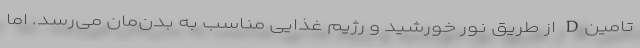
تامینD از طریق نور خورشید و رژیم غذایی مناسب به بدن‌مان می‌رسد. اما